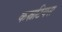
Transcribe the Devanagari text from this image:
कस्नटियस